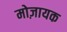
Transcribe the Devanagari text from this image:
मोज़ायक